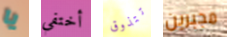
يا أختفى تتذوق مجبرين